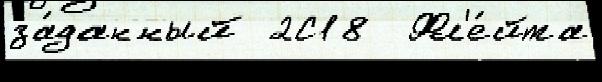
за́данный 2С18  Фл'е́йта